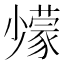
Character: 𡮹